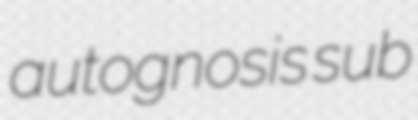
autognosis sub